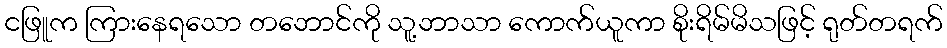
ငဖြူက ကြားနေရသော တဘောင်ကို သူ့ဘာသာ ကောက်ယူကာ စိုးရိမ်မိသဖြင့် ရုတ်တရက်